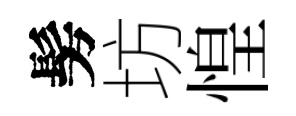
髣坊惶